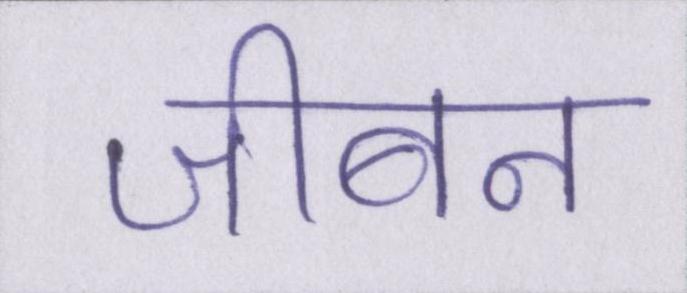
जीबन